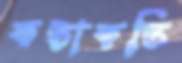
কস্তাকস্তি